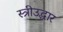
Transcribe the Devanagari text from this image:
स्त्रीउद्धार